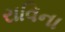
રાવિના